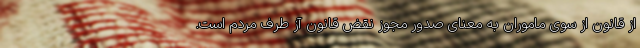
از قانون از سوی ماموران به معنای صدور مجوز نقض قانون آز طرف مردم است.